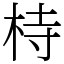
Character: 㭙